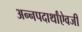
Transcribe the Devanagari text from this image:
अन्नपदार्थांऐवजी